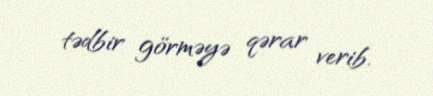
tədbir görməyə qərar verib.